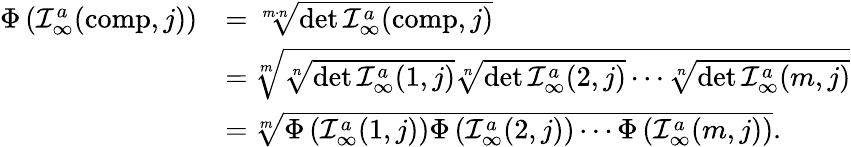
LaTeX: \begin{array}{rl}{\Phi\left({\cal I}_{\infty}^{a}(\mathrm{comp},j)\right)}&{=\sqrt[m\cdot n]{\operatorname*{det}{\cal I}_{\infty}^{a}(\mathrm{comp},j)}}\\ &{=\sqrt[m]{\sqrt[n]{\operatorname*{det}{\cal I}_{\infty}^{a}(1,j)}\sqrt[n]{\operatorname*{det}{\cal I}_{\infty}^{a}(2,j)}\cdots\sqrt[n]{\operatorname*{det}{\cal I}_{\infty}^{a}(m,j)}}}\\ &{=\sqrt[m]{\Phi\left({\cal I}_{\infty}^{a}(1,j)\right)\Phi\left({\cal I}_{\infty}^{a}(2,j)\right)\cdots\Phi\left({\cal I}_{\infty}^{a}(m,j)\right)}.}\end{array}